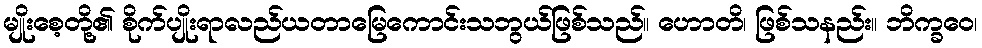
မျိုးစေ့တို့၏ စိုက်ပျိုးရာလည်ယတာမြေကောင်းသဘွယ်ဖြစ်သည်။ ဟောတိ၊ ဖြစ်သနည်း။ ဘိက္ခဝေ၊